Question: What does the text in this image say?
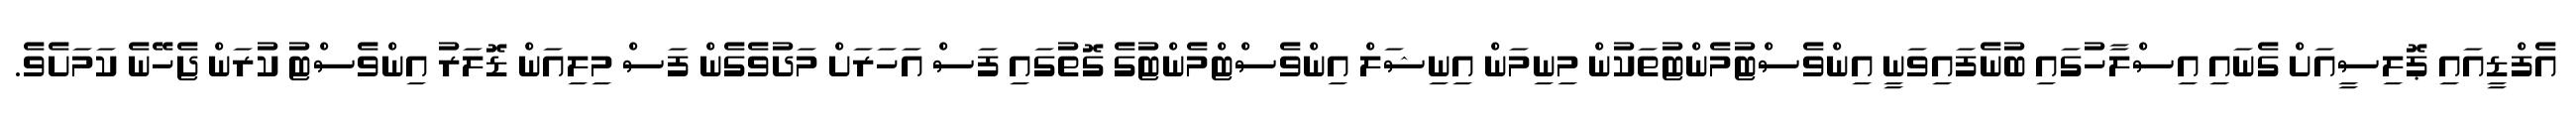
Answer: އެފްޑީއައި ޕޮލިސީއަށް ގެނައި އިސްލާހުގައި ބުނެފައިވަނީ އިންވެސްޓުމެންޓުތަކުން މިނިމަން އިނިޝަލް އިންވެސްޓްމެންޓުގެ ގޮތުގައި ފަސް އަހަރަށް މަދުވެގެން ފަސް މިލިއަން ޑޮލަރު އިންވެސްޓު ކުރަން ޖެހޭނެ ކަމަށެވެ.